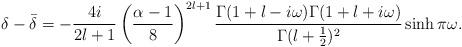
LaTeX: \begin{align*}\delta - \bar{\delta} = -\frac{4i}{2l+1} \left( \frac{\alpha-1}{8}\right)^{2l+1} \frac{\Gamma(1+l-i\omega)\Gamma(1+l+i\omega)}{\Gamma(l+\frac{1}{2})^2} \sinh \pi \omega.\end{align*}